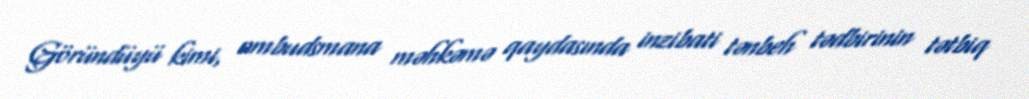
Göründüyü kimi, ombudsmana məhkəmə qaydasında inzibati tənbeh tədbirinin tətbiq